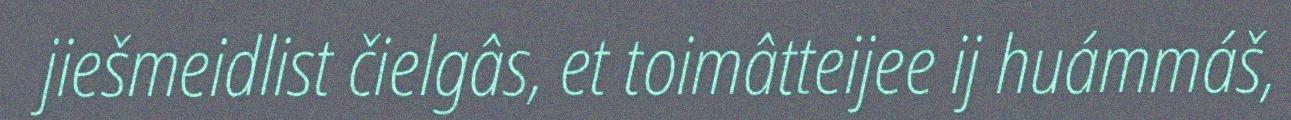
jiešmeidlist čielgâs, et toimâtteijee ij huámmáš,